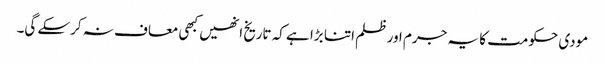
مودی حکومت کا یہ جرم اور ظلم اتنا بڑا ہے کہ تاریخ انھیں کبھی معاف نہ کرسکے گی۔